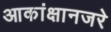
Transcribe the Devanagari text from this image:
आकांक्षानजरे